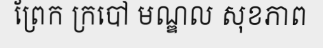
ព្រែក ក្របៅ មណ្ឌល សុខភាព